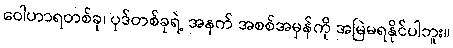
ဝေါဟာရတစ်ခု၊ ပုဒ်တစ်ခုရဲ့ အနက် အစစ်အမှန်ကို အမြဲမရနိုင်ပါဘူး။